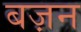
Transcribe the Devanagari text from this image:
बज़न